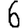
Digit: 6